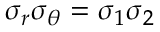
\sigma _ { r } \sigma _ { \theta } = \sigma _ { 1 } \sigma _ { 2 }